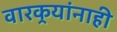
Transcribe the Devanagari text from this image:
वारकर्‍यांनाही